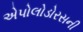
એપોલોડોરસની